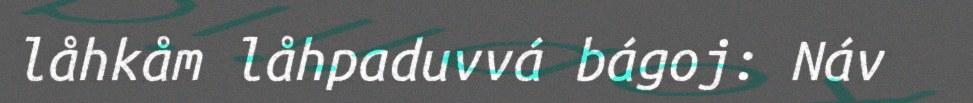
låhkåm låhpaduvvá bágoj: Náv